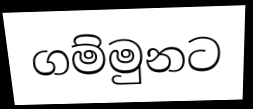
ගම්මුනට